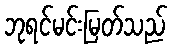
ဘုရင်မင်းမြတ်သည်